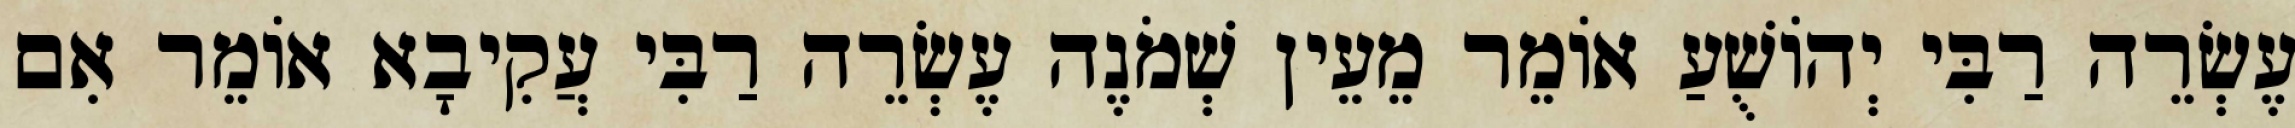
עֶשְׂרֵה רַבִּי יְהוֹשֻׁעַ אוֹמֵר מֵעֵין שְׁמֹנֶה עֶשְׂרֵה רַבִּי עֲקִיבָא אוֹמֵר אִם